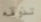
تذوقه